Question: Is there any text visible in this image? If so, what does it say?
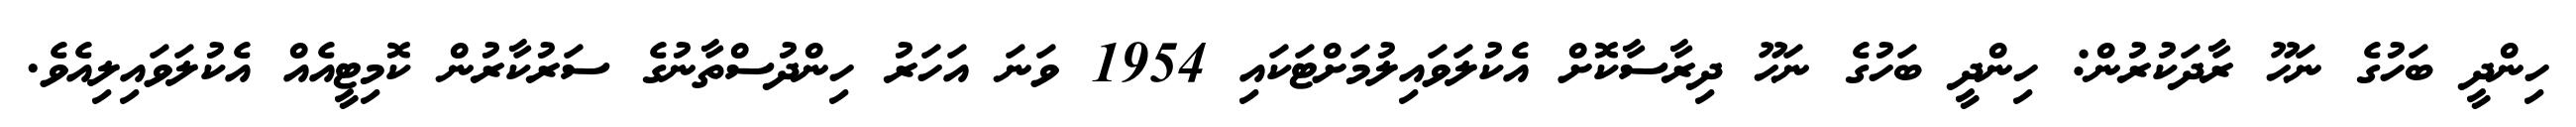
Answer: ހިންދީ ބަހުގެ ނަޙޫ ރާދަކުރުން: ހިންދީ ބަހުގެ ނަޙޫ ދިރާސާކޮށް އެކުލަވައިލުމަށްޓަކައި 1954 ވަނަ އަހަރު ހިންދުސްތާނުގެ ސަރުކާރުން ކޮމިޓީއެއް އެކުލަވައިލިއެވެ.